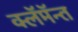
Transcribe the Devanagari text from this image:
क्लॅमॅन्त